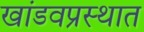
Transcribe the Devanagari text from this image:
खांडवप्रस्थात